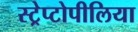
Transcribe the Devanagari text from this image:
स्ट्रेप्टोपीलिया